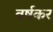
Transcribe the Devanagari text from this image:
वर्षकर